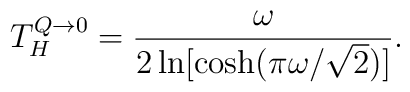
T^{Q\to 0}_{H} ={ \omega \over 2 \ln[ \cosh( \pi \omega / \sqrt 2 ) ]}.